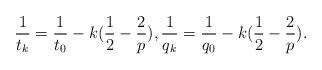
LaTeX: \begin{align*} \frac{1}{t_k}=\frac{1}{t_0}-k(\frac{1}{2}-\frac{2}{p}), \frac{1}{q_k}=\frac{1}{q_0}-k(\frac{1}{2}-\frac{2}{p}). \end{align*}